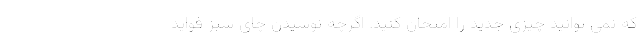
که نمی توانید چیزی جدید را امتحان کنید. اگرچه نوشیدن چای سبز فواید